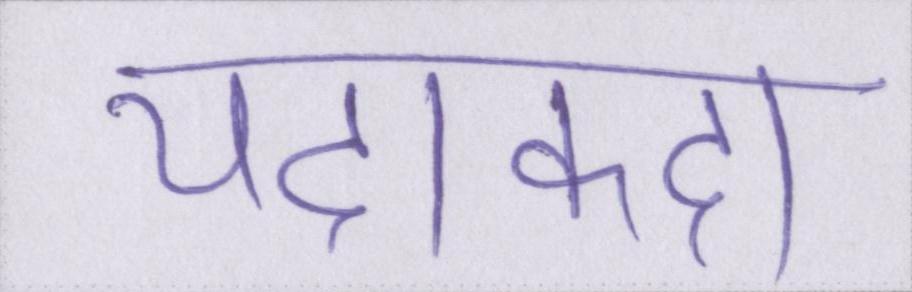
यदाकदा